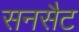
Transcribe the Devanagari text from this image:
सनसैट